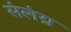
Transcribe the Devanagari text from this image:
संलंग्न